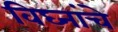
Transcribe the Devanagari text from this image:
विघ्नांचे